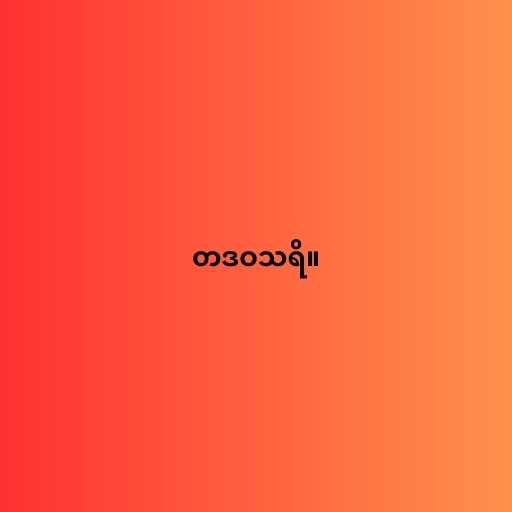
တဒဝသရိ။